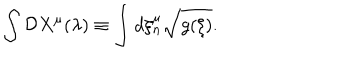
\int { \cal D } X ^ { \mu } ( \lambda ) \equiv \int d \xi _ { n } ^ { \mu } \sqrt { g ( \xi ) } .